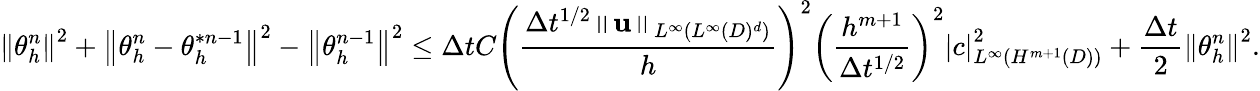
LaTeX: \left\Vert\theta_{h}^{n}\right\Vert^{2}+\left\Vert\theta_{h}^{n}-\theta_{h}^{\ast n-1}\right\Vert^{2}-\left\Vert\theta_{h}^{n-1}\right\Vert^{2}\leq\Delta tC\displaystyle\left(\frac{\Delta t^{1/2}\left\Vert\mathbf{u}\right\Vert_{L^{\infty}(L^{\infty}(D)^{d})}}{h}\right)^{2}\left(\frac{h^{m+1}}{\Delta t^{1/2}}\right)^{2}\left\vert c\right\vert_{L^{\infty}(H^{m+1}(D))}^{2}+\frac{\Delta t}{2}\left\Vert\theta_{h}^{n}\right\Vert^{2}.